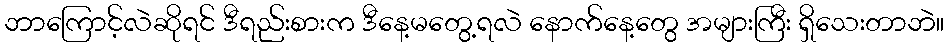
ဘာကြောင့်လဲဆိုရင် ဒီရည်းစားက ဒီနေ့မတွေ့ရလဲ နောက်နေ့တွေ အများကြီး ရှိသေးတာဘဲ။